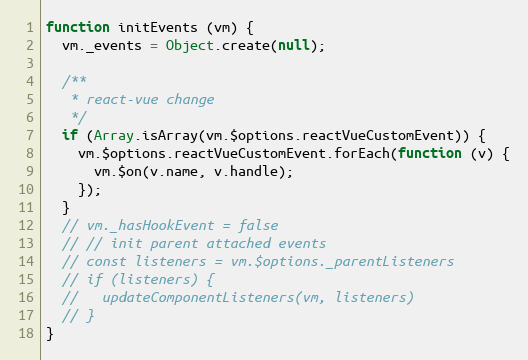
Language: JavaScript
function initEvents (vm) {
  vm._events = Object.create(null);

  /**
   * react-vue change
   */
  if (Array.isArray(vm.$options.reactVueCustomEvent)) {
    vm.$options.reactVueCustomEvent.forEach(function (v) {
      vm.$on(v.name, v.handle);
    });
  }
  // vm._hasHookEvent = false
  // // init parent attached events
  // const listeners = vm.$options._parentListeners
  // if (listeners) {
  //   updateComponentListeners(vm, listeners)
  // }
}